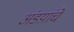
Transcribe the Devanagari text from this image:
अंडय़ांचे